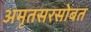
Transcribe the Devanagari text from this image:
अमृतसरसोबत